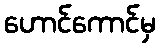
ဟောင်ကောင်မှ